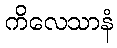
ကိလေသာနံ